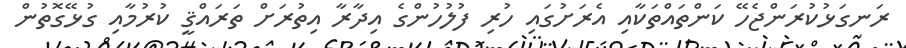
ރަނގަޅުކުރަންޖެހޭ ކަންތައްތަކާއި އެރަށުގައި ހުރި ފުލުހުންގެ އިދާރާ އިތުރަށް ތަރައްޤީ ކުރުމާއި ގުޅޭގޮތުން